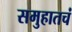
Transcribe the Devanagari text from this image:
समुहातचं